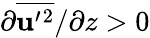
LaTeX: \partial\overline{{{\mathbf{u}}^{\prime}{}^{2}}}/\partial z>0